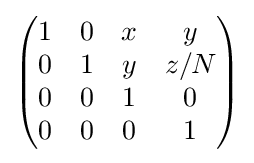
{\begin{pmatrix}1&0&x&y\\{}0&1&y&z/N\\{}0&0&1&0\\0&0&0&1\end{pmatrix}}